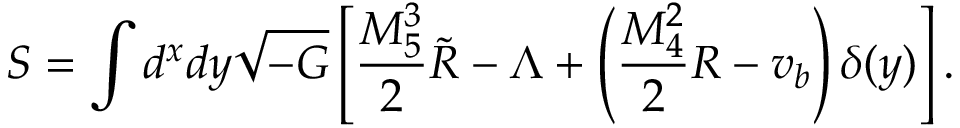
S = \int d ^ { x } d y \sqrt { - G } \left[ \frac { M _ { 5 } ^ { 3 } } { 2 } \tilde { R } - \Lambda + \left( \frac { M _ { 4 } ^ { 2 } } { 2 } R - v _ { b } \right) \delta ( y ) \right] .